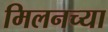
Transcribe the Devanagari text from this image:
मिलनच्या